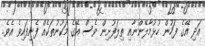
އަދި އޭގެ ފަހުން ހުޅުމާލޭންނާއި ތިލަފުށިން ވެސް އޭގެ މަކުނުތަކެއް ފެނިފައިވެ އެވެ.